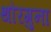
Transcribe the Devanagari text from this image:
थौरगुना